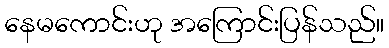
နေမကောင်းဟု အကြောင်းပြန်သည်။